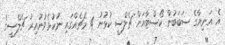
އެ އަނިޔާގެ ސަބަބުން ކޯސްޓާއަށް ޗެލްސީ ކުޅުނު 4 މެޗެއްގައި ނުކުޅެވުނުއިރު ޗެލްސީގެ